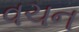
વચન